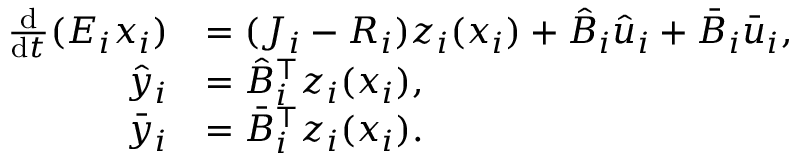
\begin{array} { r l } { \frac { \mathrm { d } } { \mathrm { d } t } ( E _ { i } x _ { i } ) } & { = ( J _ { i } - R _ { i } ) z _ { i } ( x _ { i } ) + \hat { B } _ { i } \hat { u } _ { i } + \bar { B } _ { i } \bar { u } _ { i } , } \\ { \hat { y } _ { i } } & { = \hat { B } _ { i } ^ { \top } z _ { i } ( x _ { i } ) , } \\ { \bar { y } _ { i } } & { = \bar { B } _ { i } ^ { \top } z _ { i } ( x _ { i } ) . } \end{array}